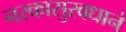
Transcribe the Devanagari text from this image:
नरकासुरवधाने